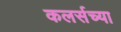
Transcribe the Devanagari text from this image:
कलर्सच्या